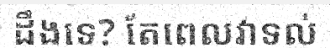
ដឹងទេ? តែពេលវាទល់